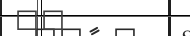
٦٠